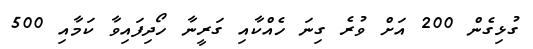
ގުޅިގެން 200 އަށް ވުރެ ގިނަ ހެއްކާއި ގަރީނާ ހޯދިފައިވާ ކަމާއި 500